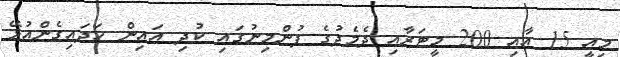
މިއީ 15 އާއި 200 މީޓަރާއި ދެމެދުގެ ފުންމިނުގައި ކުދި އައިން ހަދައިގެންއުޅޭ